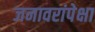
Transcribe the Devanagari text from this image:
जनावरांपेक्षा